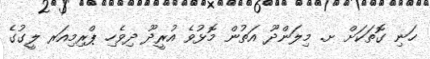
ހަނި ގޮތަކަށް ށ. މިލަންދޫ އަތުން މޮޅުވެ އުރީދޫ ދިވެހި ޕްރިމިއަރ ލީގުގެ